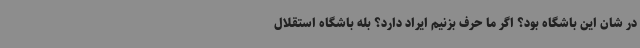
در شان این باشگاه بود؟ اگر ما حرف بزنیم ایراد دارد؟ بله باشگاه استقلال